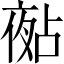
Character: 𡖵